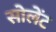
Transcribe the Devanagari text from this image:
सोलेंट